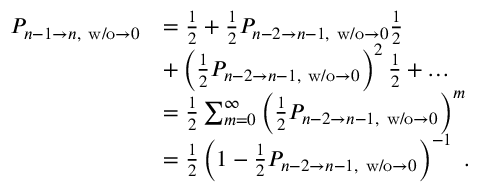
\begin{array} { r l } { P _ { n - 1 \to n , \mathrm { ~ w / o } \to 0 } } & { = \frac { 1 } { 2 } + \frac { 1 } { 2 } P _ { n - 2 \to n - 1 , \mathrm { ~ w / o } \to 0 } \frac { 1 } { 2 } } \\ & { + \left( \frac { 1 } { 2 } P _ { n - 2 \to n - 1 , \mathrm { ~ w / o } \to 0 } \right) ^ { 2 } \frac { 1 } { 2 } + \dots } \\ & { = \frac { 1 } { 2 } \sum _ { m = 0 } ^ { \infty } \left( \frac { 1 } { 2 } P _ { n - 2 \to n - 1 , \mathrm { ~ w / o } \to 0 } \right) ^ { m } } \\ & { = \frac { 1 } { 2 } \left( 1 - \frac { 1 } { 2 } P _ { n - 2 \to n - 1 , \mathrm { ~ w / o } \to 0 } \right) ^ { - 1 } \ . } \end{array}